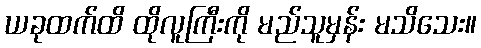
ယခုထက်ထိ ထိုလူကြီးကို မည်သူမှန်း မသိသေး။